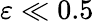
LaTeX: \varepsilon\ll 0.5